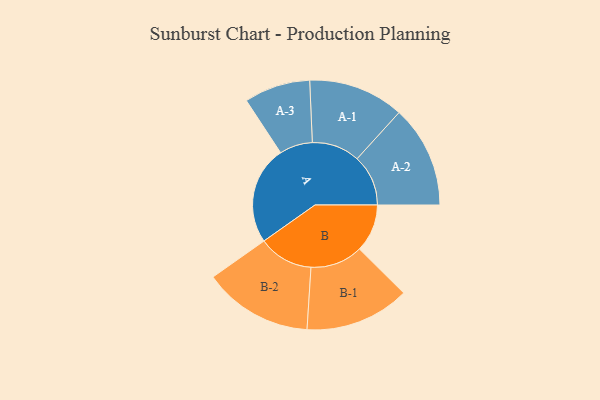
{"axis": {"x": "Segment", "y": "Value"}, "legend": ["", "A", "B"], "data": [{"x": "A", "y": 458, "type": ""}, {"x": "B", "y": 223, "type": ""}, {"x": "A-1", "y": 223, "type": "A"}, {"x": "A-2", "y": 238, "type": "A"}, {"x": "A-3", "y": 154, "type": "A"}, {"x": "B-1", "y": 244, "type": "B"}, {"x": "B-2", "y": 255, "type": "B"}]}